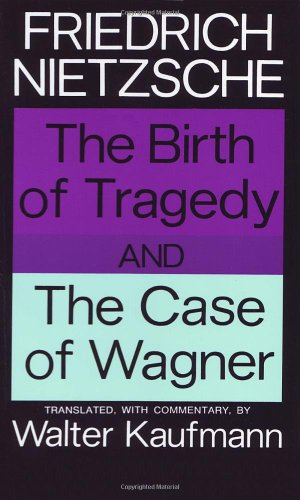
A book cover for The Birth of Tragedy and The Case of Wagner; Friedrich Nietzsche; Literature & Fiction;